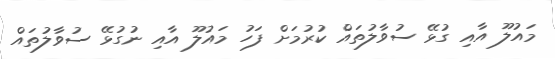
މައުލޫ އާއި ގުޅޭ ސުވާލުތައް ކުރުމަށް ފަހު މައުލޫ އާއި ނުގުޅޭ ސުވާލުތައް